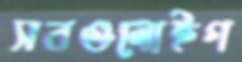
সবগুলোইগ